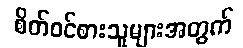
စိတ်ဝင်စားသူများအတွက်